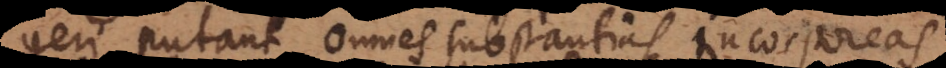
geri putant, omnes substantias incorporeas